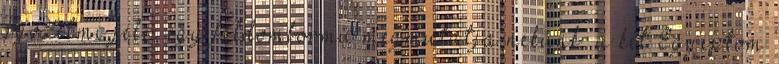
győzelmi jele, egy féldombormű megmutatja nekünk «a két Egyiptom